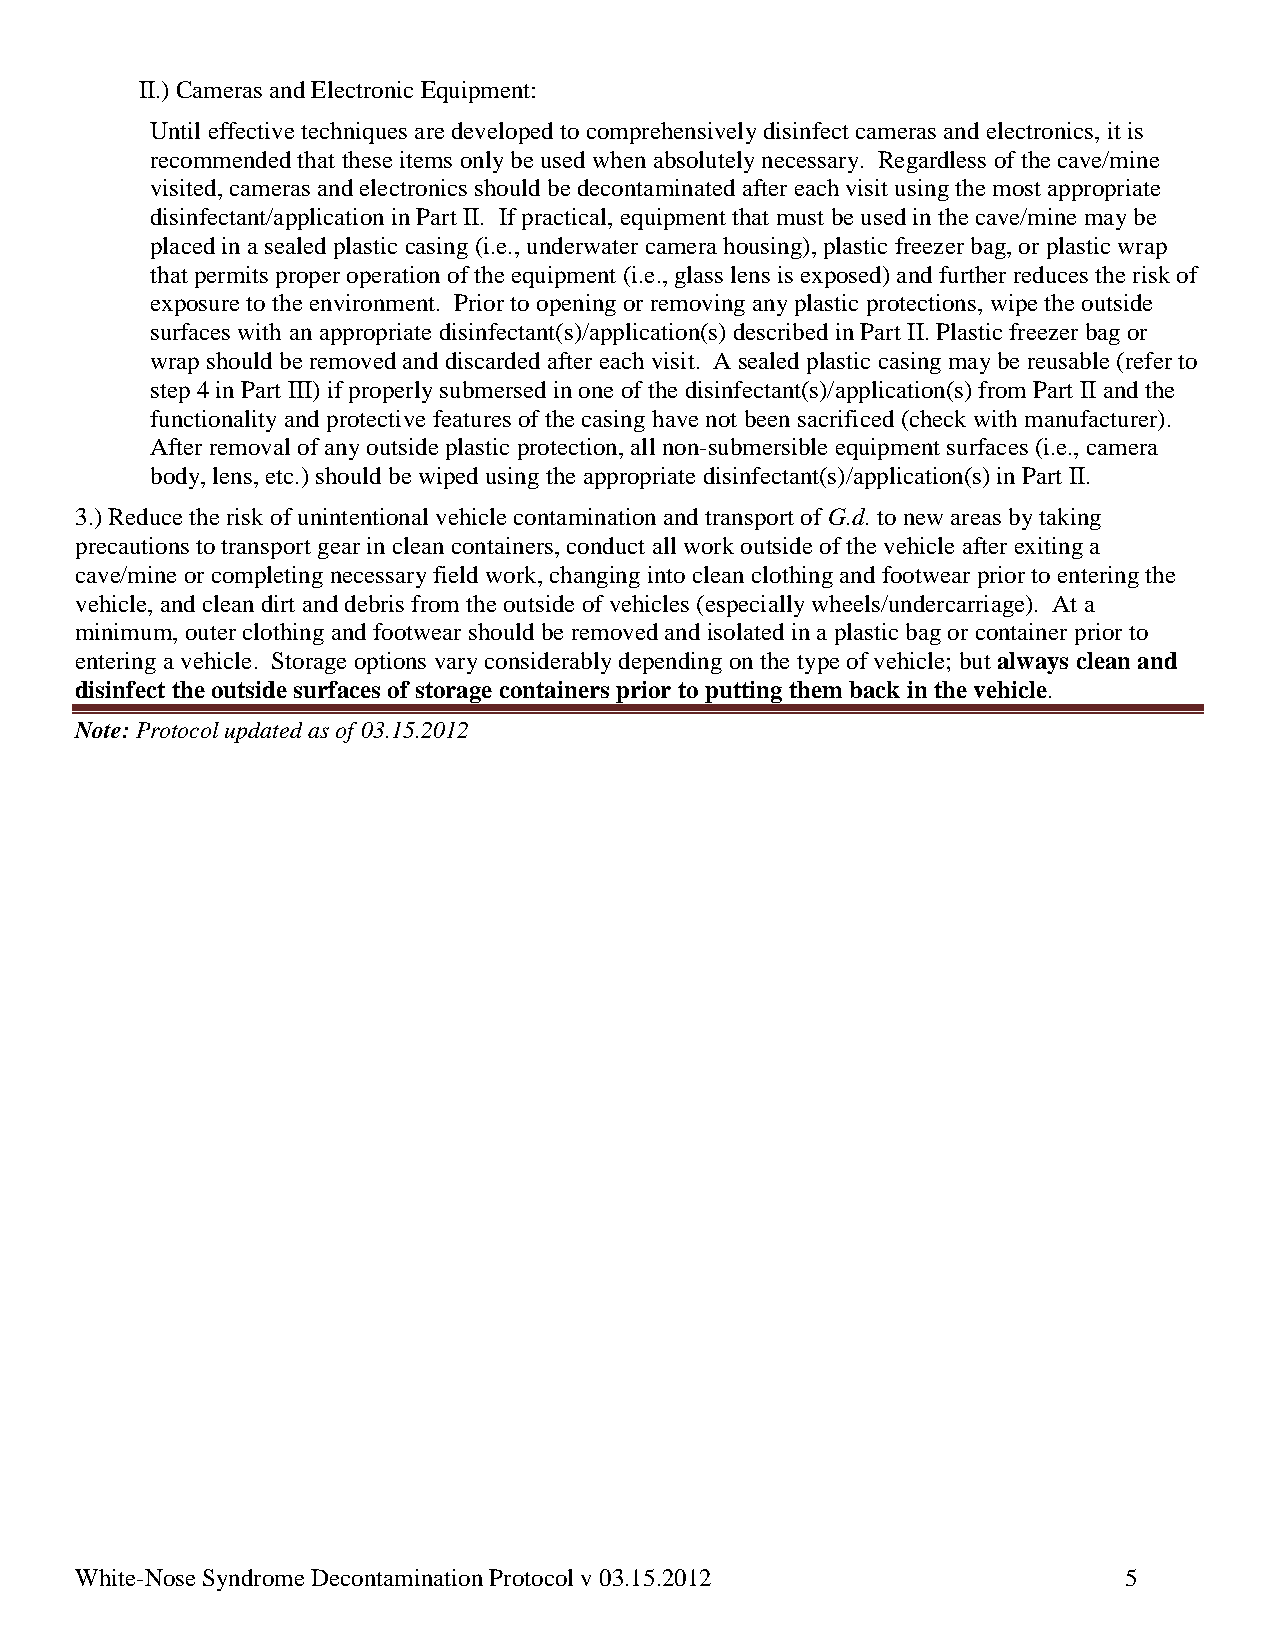
II.) Cameras and Electronic Equipment:
 Until effective techniques are developed to comprehensively disinfect cameras and electronics, it is
 recommended that these items only be used when absolutely necessary. Regardless of the cave/mine
 visited, cameras and electronics should be decontaminated after each visit using the most appropriate
 disinfectant/application in Part II. If practical, equipment that must be used in the cave/mine may be
 placed in a sealed plastic casing (i.e., underwater camera housing), plastic freezer bag, or plastic wrap
 that permits proper operation of the equipment (i.e., glass lens is exposed) and further reduces the risk of
 exposure to the environment. Prior to opening or removing any plastic protections, wipe the outside
 surfaces with an appropriate disinfectant(s)/application(s) described in Part II. Plastic freezer bag or
 wrap should be removed and discarded after each visit. A sealed plastic casing may be reusable (refer to
 step 4 in Part III) if properly submersed in one of the disinfectant(s)/application(s) from Part II and the
 functionality and protective features of the casing have not been sacrificed (check with manufacturer).
 After removal of any outside plastic protection, all non-submersible equipment surfaces (i.e., camera
 body, lens, etc.) should be wiped using the appropriate disinfectant(s)/application(s) in Part II.
 3.) Reduce the risk of unintentional vehicle contamination and transport of G.d. to new areas by taking
 precautions to transport gear in clean containers, conduct all work outside of the vehicle after exiting a
 cave/mine or completing necessary field work, changing into clean clothing and footwear prior to entering the
 vehicle, and clean dirt and debris from the outside of vehicles (especially wheels/undercarriage). At a
 minimum, outer clothing and footwear should be removed and isolated in a plastic bag or container prior to
 entering a vehicle. Storage options vary considerably depending on the type of vehicle; but always clean and
 disinfect the outside surfaces of storage containers prior to putting them back in the vehicle.
 Note: Protocol updated as of 03.15.2012
 White-Nose Syndrome Decontamination Protocol v 03.15.2012            5